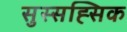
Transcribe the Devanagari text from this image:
सुस्सह्सिक